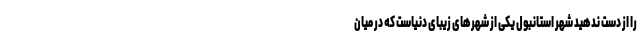
را از دست ندهید شهر استانبول یکی از شهرهای زیبای دنیاست که در میان